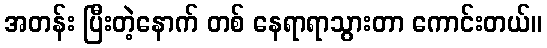
အတန်း ပြီးတဲ့နောက် တစ် နေရာရာသွားတာ ကောင်းတယ်။